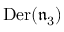
{ \mathrm { D e r } } ( { \mathfrak { n } } _ { 3 } )